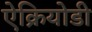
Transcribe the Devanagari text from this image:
ऐक्रियोडी